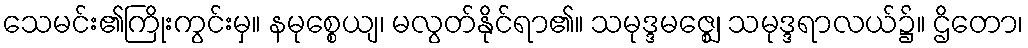
သေမင်း၏ကြိုးကွင်းမှ။ နမုစ္စေယျ၊ မလွတ်နိုင်ရာ၏။ သမုဒ္ဒမဇ္ဈေ၊ သမုဒ္ဒရာလယ်၌။ ဌိတော၊